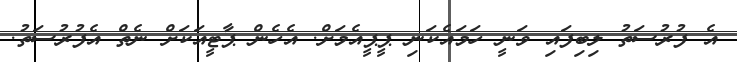
އެ ފުރުސަތު ލިބިފައި ވަނީ ހަމައެކަނި ޕީޕީއެމަށް. އެހެން ޕާޓީއަކަށް ނެތް އެފުރުސަތު.